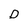
Character: D